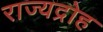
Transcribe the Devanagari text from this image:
राज्यद्रोह